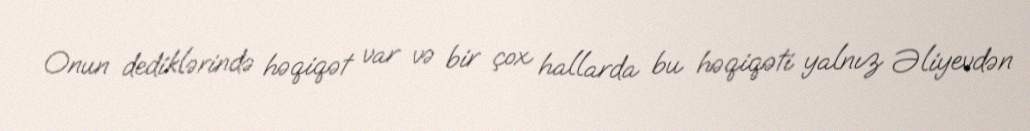
Onun dediklərində həqiqət var və bir çox hallarda bu həqiqəti yalnız Əliyevdən